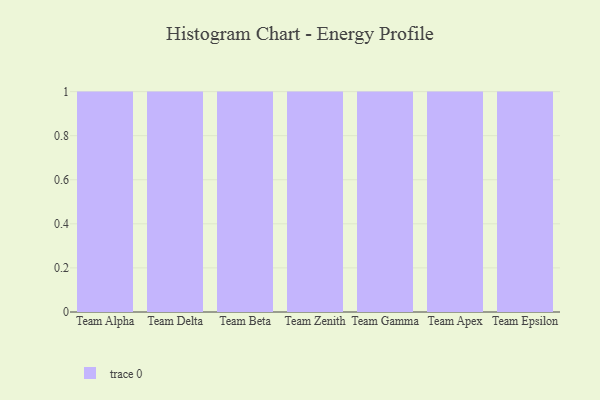
{"axis": {"x": "Team", "y": "Population (Million)"}, "legend": [""], "data": [{"x": "Team Alpha", "y": 32, "type": ""}, {"x": "Team Delta", "y": 25, "type": ""}, {"x": "Team Beta", "y": 88, "type": ""}, {"x": "Team Zenith", "y": 3, "type": ""}, {"x": "Team Gamma", "y": 64, "type": ""}, {"x": "Team Apex", "y": 16, "type": ""}, {"x": "Team Epsilon", "y": 33, "type": ""}]}